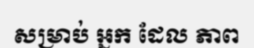
សម្រាប់ អ្នក ដែល ភាព